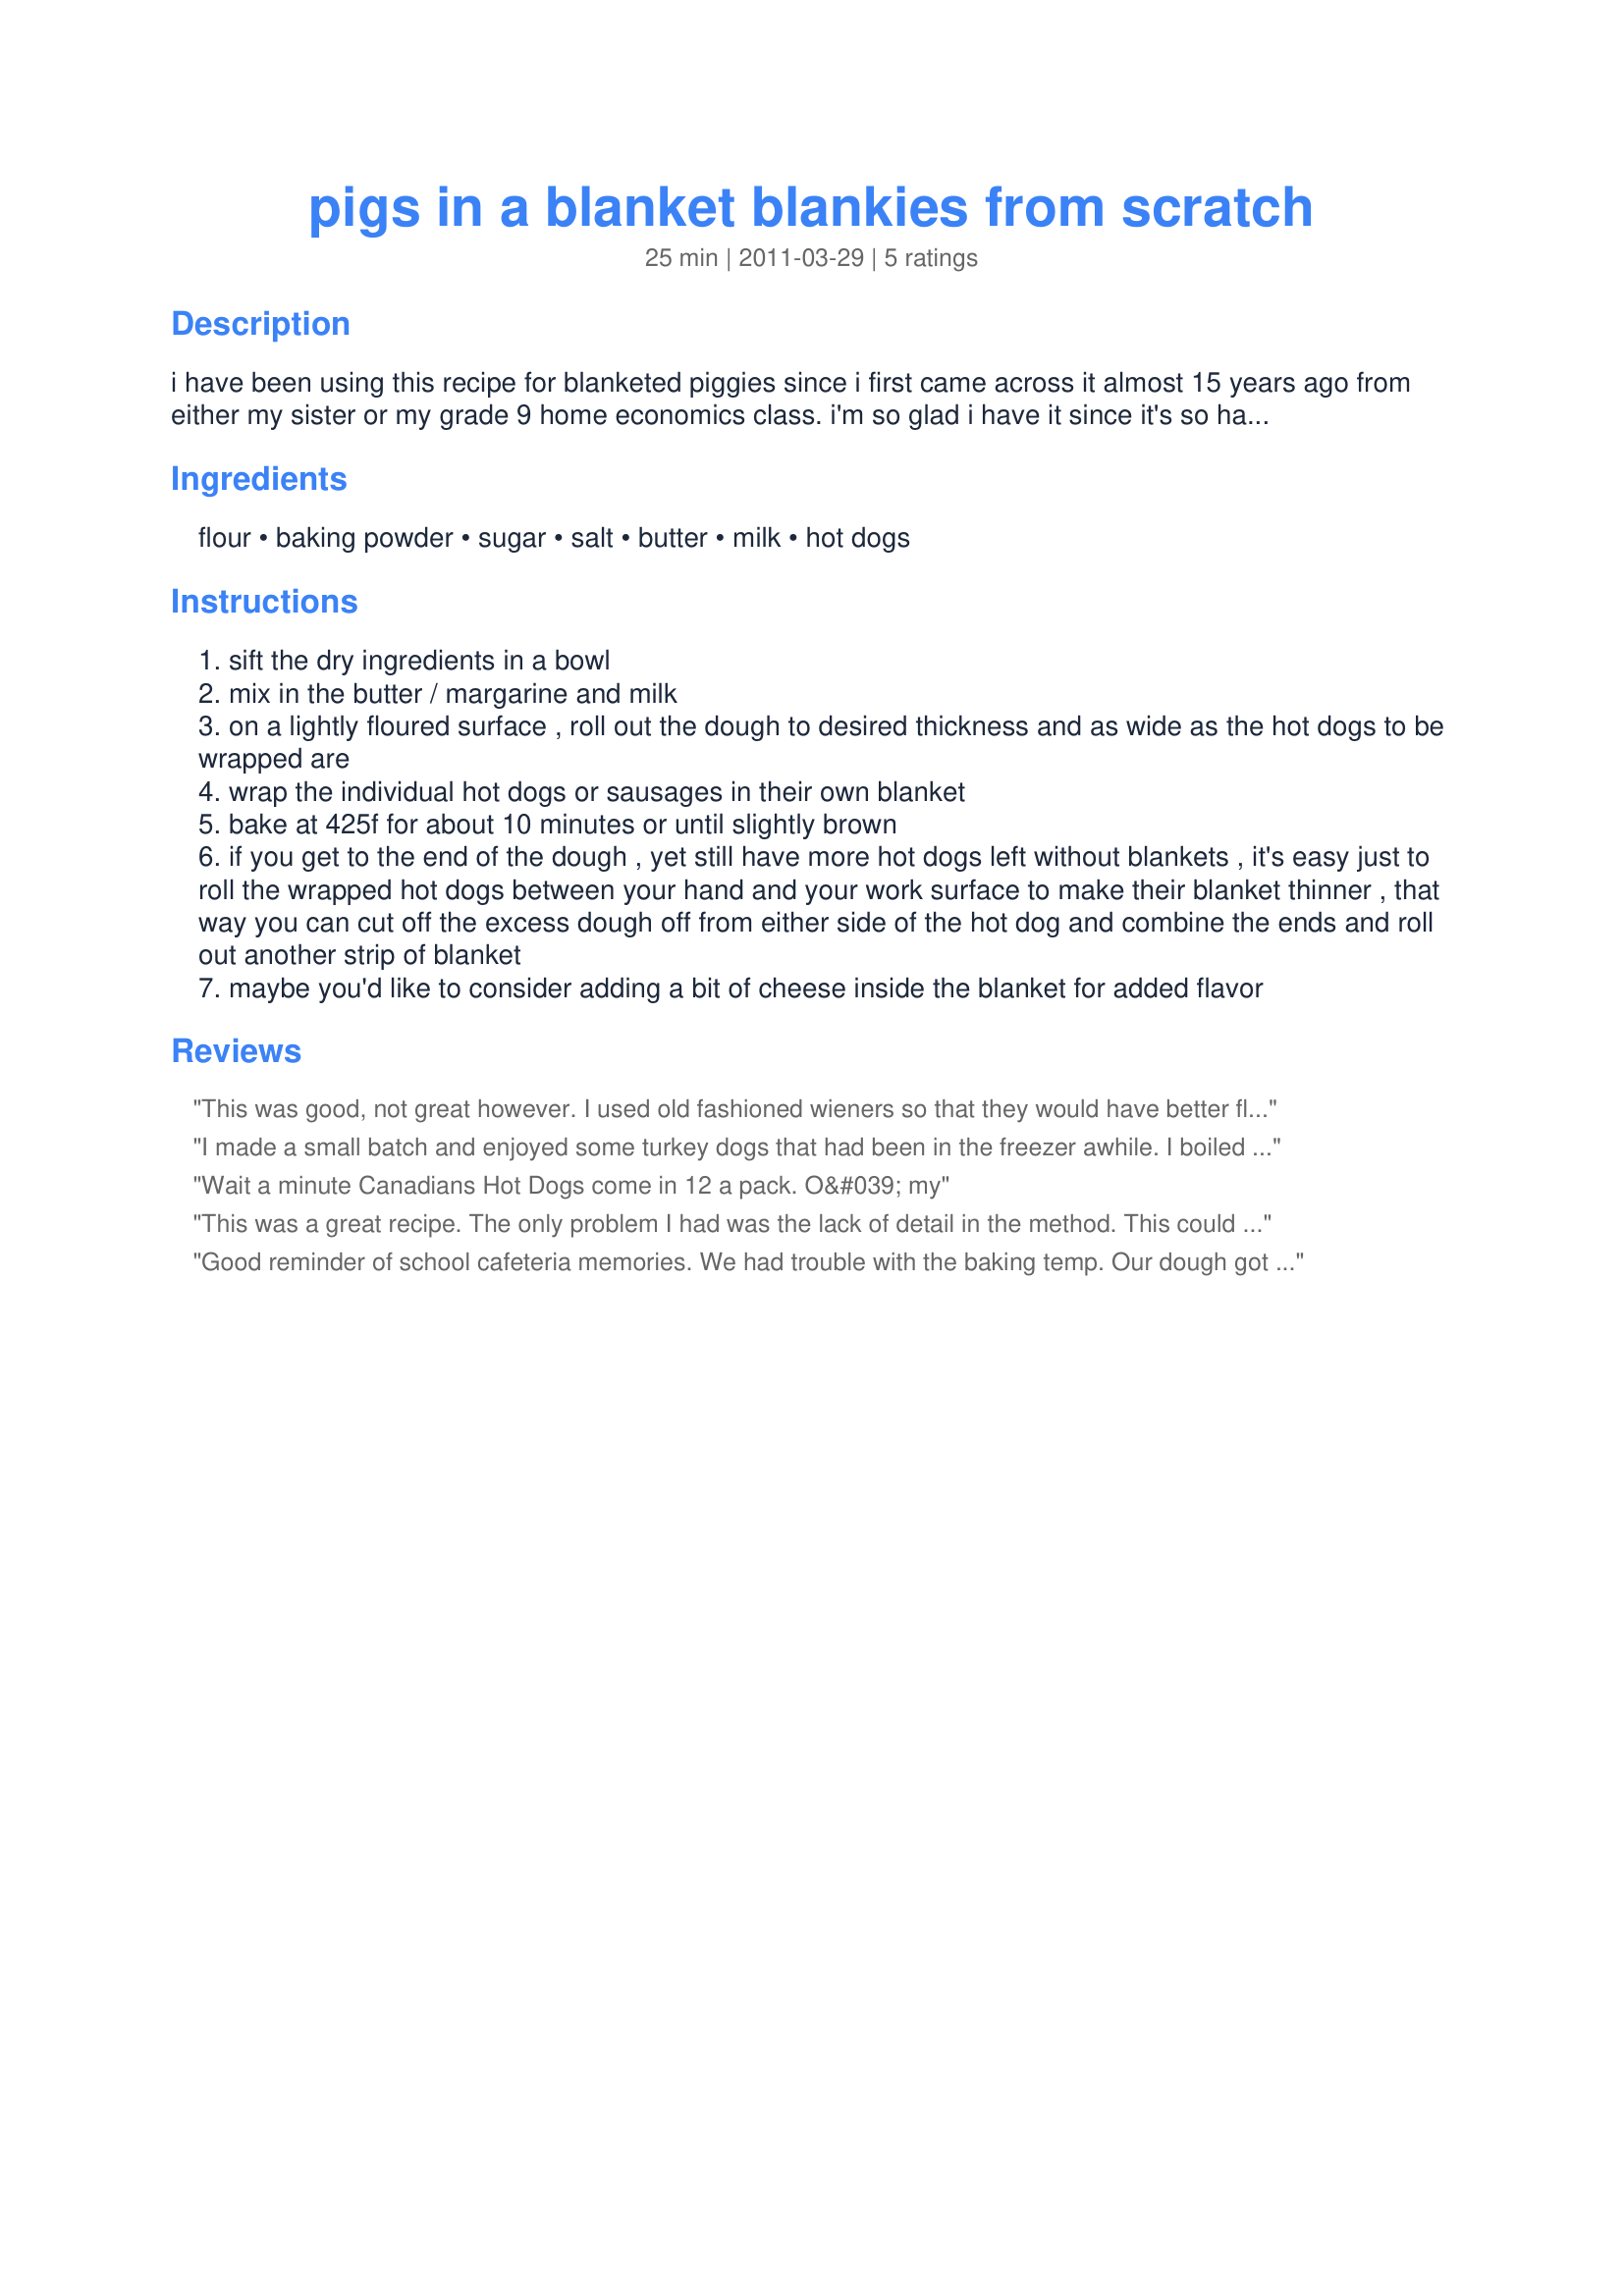
pigs in a blanket blankies from scratch
Preparation time: 25 minutes

i have been using this recipe for blanketed piggies since i first came across it almost 15 years ago from either my sister or my grade 9 home economics class. i'm so glad i have it since it's so hard to find a blanket recipe from scratch!
i can cover a typical canadian package of 12 hot dogs with this recipe.

Ingredients:
flour, baking powder, sugar, salt, butter, milk, hot dogs

Steps:
sift the dry ingredients in a bowl
mix in the butter / margarine and milk
on a lightly floured surface , roll out the dough to desired thickness and as wide as the hot dogs to be wrapped are
wrap the individual hot dogs or sausages in their own blanket
bake at 425f for about 10 minutes or until slightly brown
if you get to the end of the dough , yet still have more hot dogs left without blankets , it's easy just to roll the wrapped hot dogs between your hand and your work surface to make their blanket thinner , that way you can cut off the excess dough off from either side of the hot dog and combine the ends and roll out another strip of blanket
maybe you'd like to consider adding a bit of cheese inside the blanket for added flavor

Reviews:
This was good, not great however. I used old fashioned wieners so that they would have better flavor...but alas even though the dough seemed moist when applying, it seemed too dry when eating. I ended up baking mine for about 15 minutes and they still never got brown. (I have a new convection oven so they should have been done earlier not later.) Made for PAC Spring 2012
I made a small batch and enjoyed some turkey dogs that had been in the freezer awhile. I boiled the dogs first, poking holes so they would be less salty and fatty. I used 1/2 white, 1/2 whole wheat flour and coconut oil rather than butter and added diced onion before rolling them. I cooked them in a pre-heated skillet (turning frequently) so as not to heat up the house. That worked well, if you don&#039;t mind them being triangle shaped. Thanks for posting, love that the recipe can be whole wheat!
Wait a minute Canadians Hot Dogs come in 12 a pack. O&#039; my
This was a great recipe. The only problem I had was the lack of detail in the method. This could be a problem for someone who has never made/worked with dough.
Good reminder of school cafeteria memories. We had trouble with the baking temp. Our dough got too brown before the hot dog could get done. Made for Spring PAC 2012.
